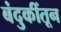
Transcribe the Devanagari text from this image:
बंदुकींतून